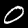
Label: 0